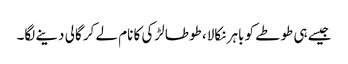
جیسے ہی طوطے کو باہر نکالا، طوطا لڑکی کا نام لے کر گالی دینے لگا۔